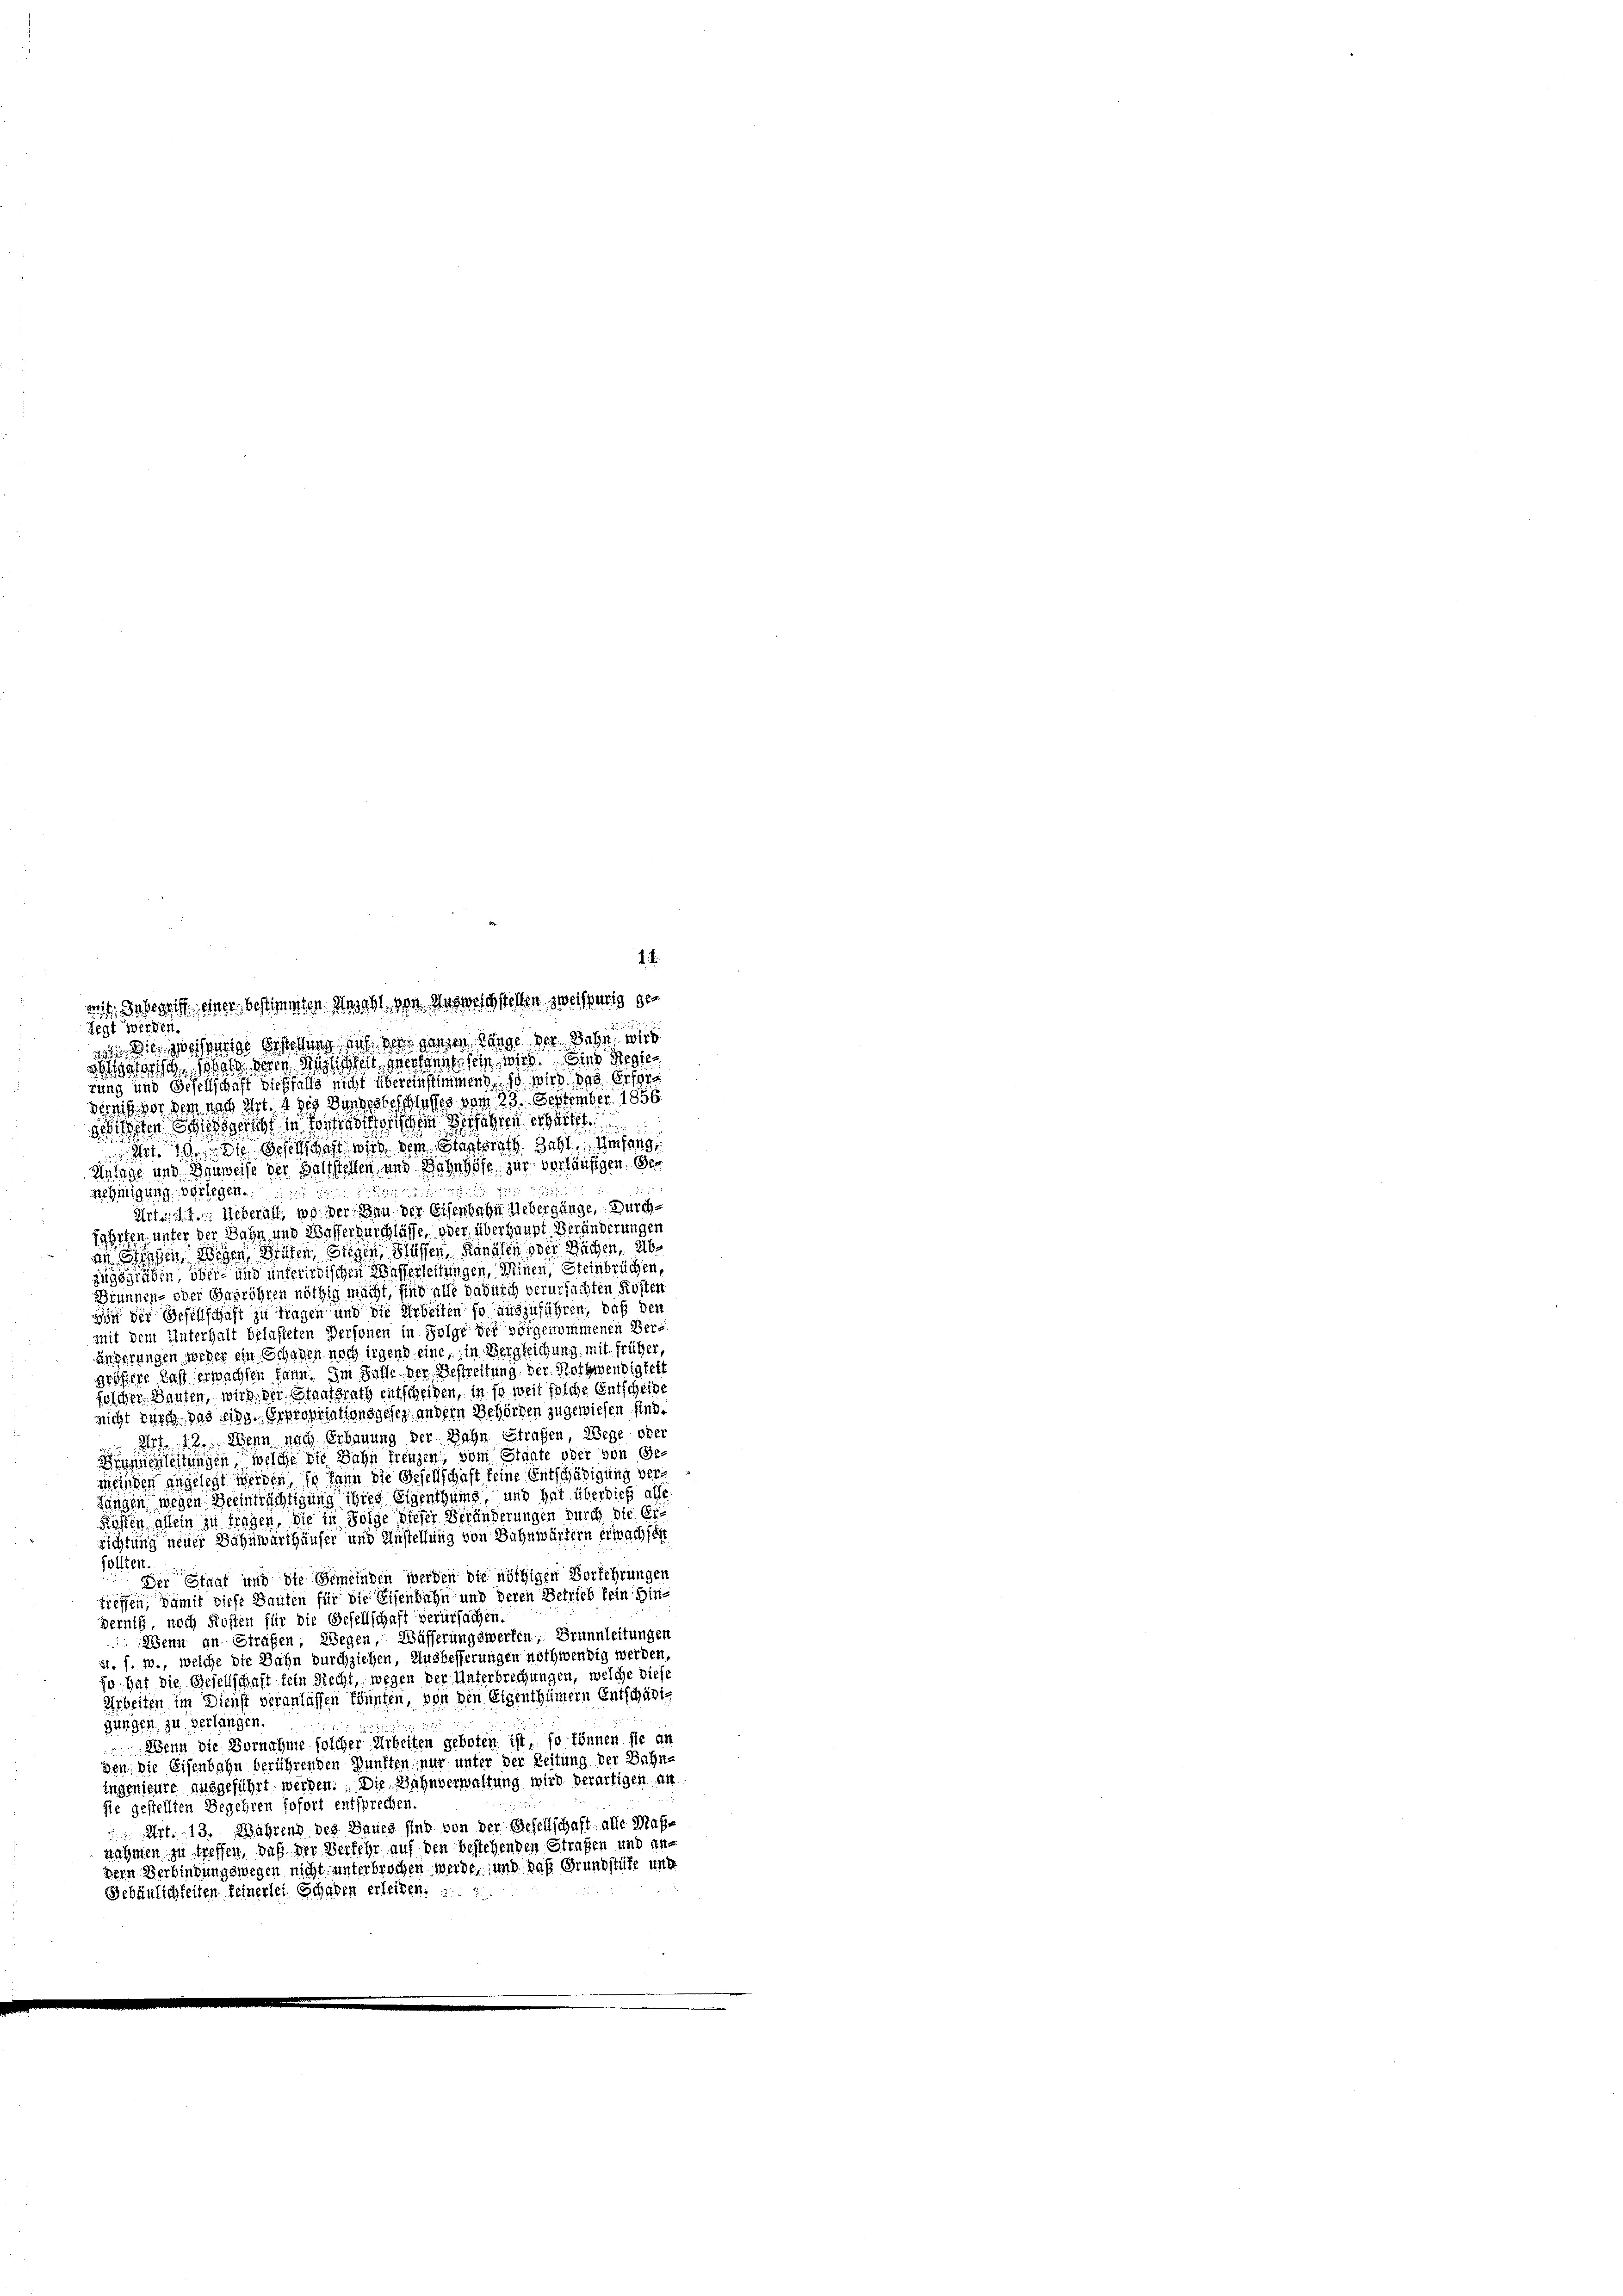
1. d.

amit Inbegriff einer bestimmten Anzahl von des weichstellen zweiffung gelegt werden.
Wils zweisherige Erstellung auch der ganzen länge der Bahn wir
slatorische sobald deren Mitzlichkeit anerkannte sein wird. Sind Regier
rung und Gesellschaft dießfalls nicht übereinstimmend, so wird des Erfordernis vor dem nach Art. 4 des Bundesbeschlußes vom 25. September 1856
sehilften Schiedsgericht in Konfessorischen Verfahren erhärtet.
. Art. 10. Die Gesellschaft wird dem Staatsrath Zahl Umfang
Anlage und Danweise der Baltstellen und Bahnhöfe zur verläufigen. Der
nehmigung verlegen ein eine
Art. d. d. Ueberall, wo der Man der Eisenbahn Uebergange, durch¬
Zahrten, unter der Bahn und Wasserdurchlasse, oder überhaupt Veränderungen
an Eigen, Wegen, Brüten, Stegen, Flüssen, Kanalen oder Sachen, 26
zugegräben, ober- und unterirdischen Wasserleitungen, Meinen, Steinbrüchen,
Brunnen- oder Basröhren nöthig macht, sind alle dadurch verursachten Kosten
von der Gesellschaft zu tragen und die Arbeiten so auszuführen, daß den
mit dem Unterhalt belasteten Personen in Folge der vorgenommenen Verüngerungen weder ein Schaden noch irgend eine, in Vergleichung mit früher
größere Last erwachsen kann. Im Falle der Bestreitung der Nothwendigkei
folcher Bauten, wird, der Staatsrath entscheiden, in so weit solche Entscheide
nicht durch das eing. Erpropriationsgesez andern Behörden zugewiesen sind.
 rt. 12. Wenn nach Erbauung der Bahn Strafen, Wege obe
Brunnenleitungen, welche die Bahn freuzen, vom Staate oder von Geweiden angelegt werden, so kann die Gesellschaft keine Entschädigung der¬
Langen wegen Beeinträchtigung ihres Eigenthums und hat überdieß alle
Firsten allein zu tragen. Sie in Folge dieser Veränderungen durch die Ei¬
Richtung neuer Bahnwärthäuser und Anstellung von Bahnwärtern erwachsen
follten.
Der Straf und die Gemeinden werden die nöthigen Vorkehrungen
treffen, damit diese Bauten für die Eisenbahn und deren Betrieb kein Hindernis, noch Kosten für die Gesellschaft verursachen.
Wenn an Straßen, Wegen, Wässerungswerfen, Brunnleitungen
21. s. w., welche die Bahn durchziehen, Ausbesserungen nothwendig werden,
so hat die Gesellschaft fein Recht, wegen der Unterbrechungen, welche diese
Arbeiten im Dienst veranlassen könnten, von den Eigenthümern Entschädig
gungen zu verlangen.
 Wenn die Vornahme solcher Arbeiten geboten ist, so können sie an
den die Eisenbahn berührenden Punkten, nur unter der Zeitung der Bahn-
ingenieure ausgeführt werden. Die Bahnverwaltung wird derartigen an
sie gestellten Begehren sofort entsprechen.
 Art. 13. Mährend des Baues sind von der Gesellschaft alle Maßnahmen zu treffen, daß der Verfehr auf den bestehenden Strafen und andern Verbindungswegen nicht unterbrochen werde, und das Grundstüke und
Gebäulichkeiten feinerlei Schaden erleiben.